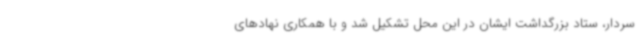
سردار، ستاد بزرگداشت ایشان در این محل تشکیل شد و با همکاری نهادهای